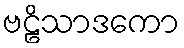
ဗဠိသာဒကော